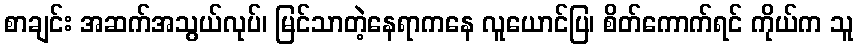
စာချင်း အဆက်အသွယ်လုပ်၊ မြင်သာတဲ့နေရာကနေ လူယောင်ပြ၊ စိတ်ကောက်ရင် ကိုယ်က သူ